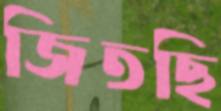
জিতছি